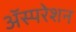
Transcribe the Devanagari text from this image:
अॅस्परेशन